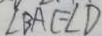
\angle B A C = \angle D